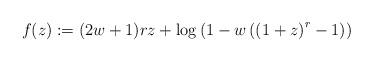
LaTeX: \begin{align*} f(z) := (2w+1)rz + \log\left( 1 - w \left( \left(1+z\right)^r - 1 \right) \right)\end{align*}